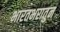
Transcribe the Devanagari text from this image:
भारतभरातुन